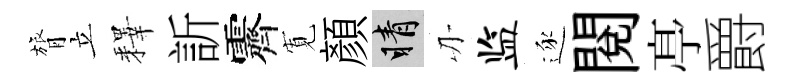
膂立釋訢霽𡩖顔睛刃监逐閱𠅘爵